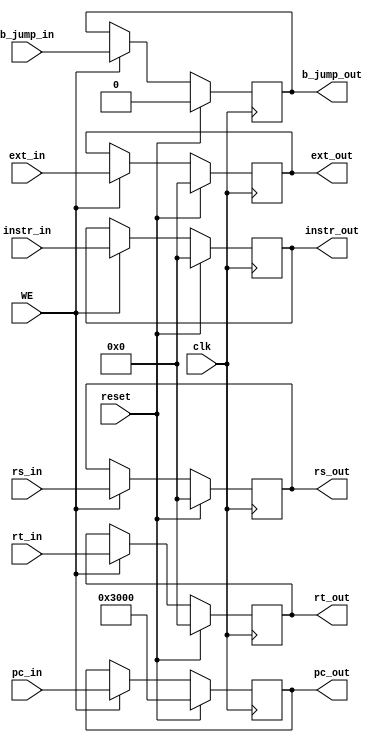
`timescale 1ns / 1ps

module EREG(
	input clk,
	input reset,
	input WE,
	input [31:0] pc_in,
	input [31:0] instr_in,
	input [31:0] rs_in,
	input [31:0] rt_in,
	input [31:0] ext_in,
	input b_jump_in,
	
	output reg b_jump_out,
	output reg [31:0] pc_out,
	output reg [31:0] instr_out,
	output reg [31:0] rs_out,
	output reg [31:0] rt_out,
	output reg [31:0] ext_out
    );
	
	initial begin
		pc_out <= 32'h0000_3000;
		instr_out <= 0;
		rs_out <= 0;
		rt_out <= 0;
		ext_out <= 0;
		b_jump_out <= 0;
	end
	
	always@(posedge clk) begin
		if(reset == 1) begin
			pc_out <= 32'h0000_3000;
			instr_out <= 0;
			rs_out <= 0;
			rt_out <= 0;
			ext_out <= 0;
			b_jump_out <= 0;
		end
		else if(WE) begin
			pc_out <= pc_in;
			instr_out <= instr_in;
			rs_out <= rs_in;
			rt_out <= rt_in;
			ext_out <= ext_in;
			b_jump_out <= b_jump_in;
		end
	end
endmodule